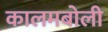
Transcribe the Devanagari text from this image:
कालमबोली